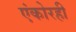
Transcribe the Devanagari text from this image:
एंकोरही